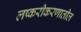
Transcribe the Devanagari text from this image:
लष्करीकरणातील